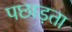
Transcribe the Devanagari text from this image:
पछाड़ता